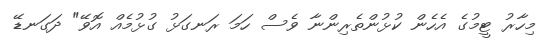
މިހާރު ޓީމުގެ އެހެން ކުޅުންތެރިންނާ ވެސް ހަމަ ރަނގަޅު ގުޅުމެއް އޮވޭ" ދަގަނޑޭ